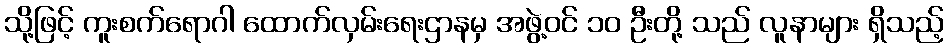
သို့ဖြင့် ကူးစက်ရောဂါ ထောက်လှမ်းရေးဌာနမှ အဖွဲ့ဝင် ၁၀ ဦးတို့ သည် လူနာများ ရှိသည့်